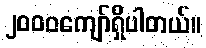
၂၀၀၀ကျော်ရှိပါတယ်။